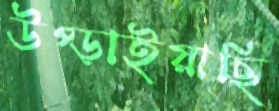
উপ্‌ড়াইয়াছি